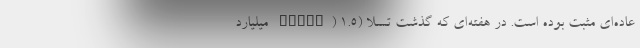
عاده‌ای مثبت بوده است. در هفته‌ای که گذشت تسلا (Tesla) ۱.۵ میلیارد